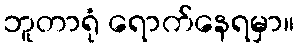
ဘူတာရုံ ရောက်နေရမှာ။